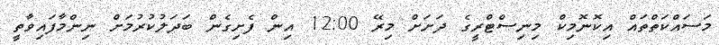
މަސައްކަތްތައް އިކޮނޮމިކް މިނިސްޓްރީގެ ދަށަށް މިރޭ 12:00 އިން ފެށިގެން ބަދަލުކުރުމަށް ނިންމާފައިވާތީ